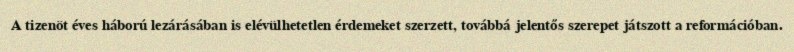
A tizenöt éves háború lezárásában is elévülhetetlen érdemeket szerzett, továbbá jelentős szerepet játszott a reformációban.